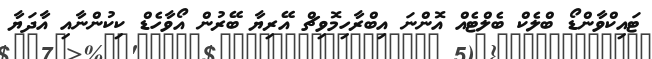
ޓައިކްވާންޑޯ ބްލެކް ބެލްޓެއް އޮންނަ އިބްރާހިމޮވިޗް އޭރިޔާ ބޭރުން އޯވާހެޑް ކިކުންނާއި އާދަޔާ